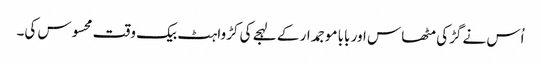
اُس نے گڑکی مٹھاس اور بابا موجمدار کے لہجے کی کڑواہٹ بیک وقت محسوس کی۔